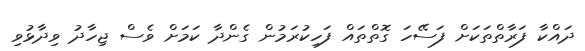
ދައްކާ ފަރާތްތަކަށް ފަސޭހަ ގޮތްތައް ފަހިކުރަމުން ގެންދާ ކަމަށް ވެސް ޖިހާދު ވިދާޅުވި